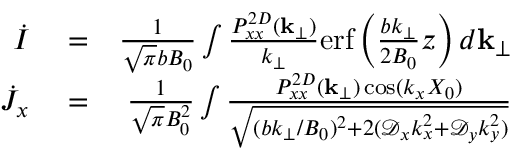
\begin{array} { r l r } { \dot { I } } & { { } = } & { \frac { 1 } { \sqrt { \pi } b B _ { 0 } } \int \frac { P _ { x x } ^ { 2 D } ( { \bf k } _ { \perp } ) } { k _ { \perp } } \mathrm { e r f } \left( \frac { b k _ { \perp } } { 2 B _ { 0 } } z \right) d { \bf k } _ { \perp } } \\ { \dot { J } _ { x } } & { { } = } & { \frac { 1 } { \sqrt { \pi } B _ { 0 } ^ { 2 } } \int \frac { P _ { x x } ^ { 2 D } ( { \bf k } _ { \perp } ) \cos ( k _ { x } X _ { 0 } ) } { \sqrt { ( b k _ { \perp } / B _ { 0 } ) ^ { 2 } + 2 ( \mathcal { D } _ { x } k _ { x } ^ { 2 } + \mathcal { D } _ { y } k _ { y } ^ { 2 } ) } } } \end{array}